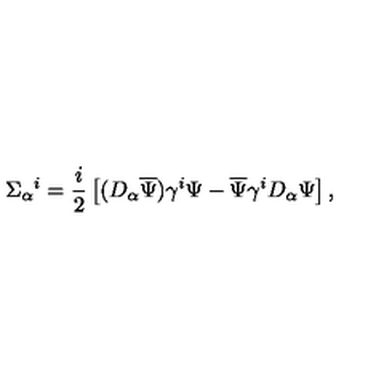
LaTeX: \Sigma _ { \alpha } { } ^ { i } = \frac { i } { 2 } \left[ ( D _ { \alpha } \overline { { \Psi } } ) \gamma ^ { i } \Psi - \overline { { \Psi } } \gamma ^ { i } D _ { \alpha } \Psi \right] ,